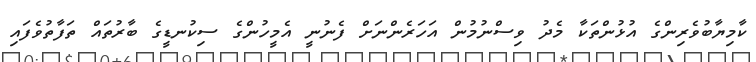
ކާމިޔާބުވެރިންގެ އުޅުންތަކާ މެދު ވިސްނުމުން އަހަރެންނަށް ފެނުނީ އެމީހުންގެ ސިކުނޑީގެ ބާރުތައް ތަފާތުވެފައި